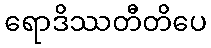
ရောဒိဿတီတိပေ